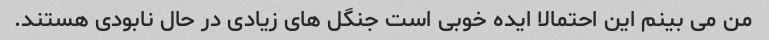
من می بینم این احتمالا ایده خوبی است جنگل های زیادی در حال نابودی هستند.